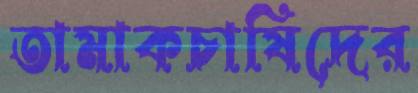
তামাকচাষিদের